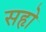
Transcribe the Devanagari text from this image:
सहृो